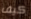
كيف